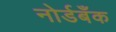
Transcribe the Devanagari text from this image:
नोर्डबँक